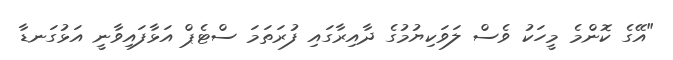
"އޭގެ ކޮންމެ މީހަކު ވެސް ލަވަކިޔުމުގެ ދާއިރާގައި ފުރަތަމަ ސްޓެޕް އަޅާފައިވާނީ އަޅުގަނޑާ